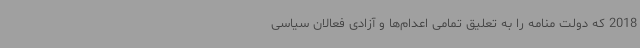
2018 که دولت منامه را به تعلیق تمامی اعدام‌ها و آزادی فعالان سیاسی